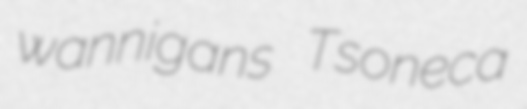
wannigans Tsoneca